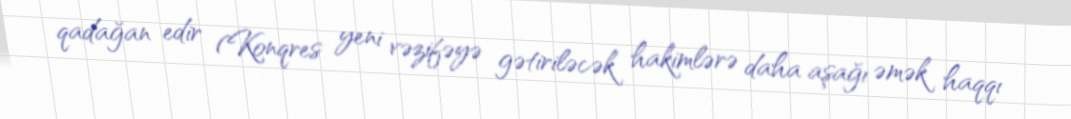
qadağan edir (Konqres yeni vəzifəyə gətiriləcək hakimlərə daha aşağı əmək haqqı